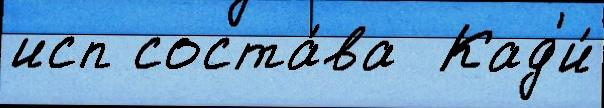
исп соста́ва  Кад'и́